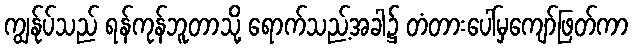
ကျွန်ုပ်သည် ရန်ကုန်ဘူတာသို့ ရောက်သည့်အခါ၌ တံတားပေါ်မှကျော်ဖြတ်ကာ